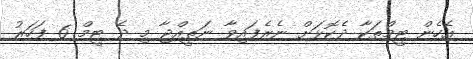
އެހެން ޓީމްތަކާ ދެކޮޅަށް ނެރެފައިވާ ނަތީއްޖާ މި ދެ ޓީމް 6 ފަހަރު